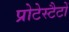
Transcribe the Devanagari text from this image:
प्रोटेस्टैटों